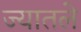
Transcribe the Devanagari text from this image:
ज्यातले